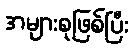
အများစုဖြစ်ပြီး